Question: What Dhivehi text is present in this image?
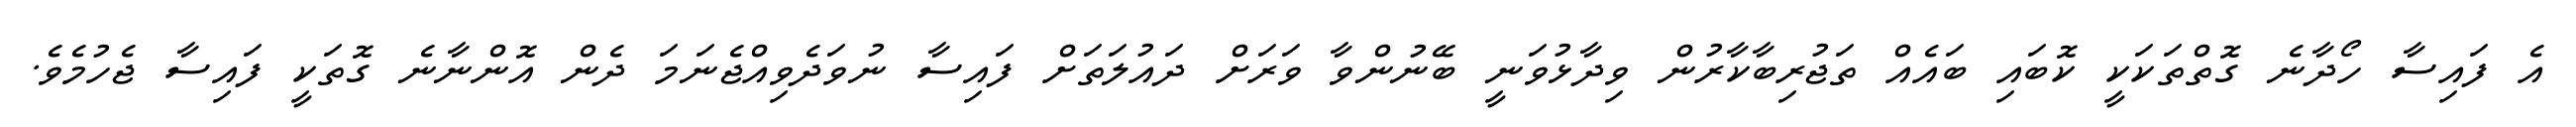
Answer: އެ ފައިސާ ހޯދާނެ ގޮތްތަކަކީ ކޮބައި ބައެއް ތަޖުރިބާކާރުން ވިދާޅުވަނީ ބޭނުންވާ ވަރަށް ދައުލަތަށް ފައިސާ ނުވަދެވިއްޖެނަމަ ދެން އޮންނާނެ ގޮތަކީ ފައިސާ ޖެހުމެވެ.